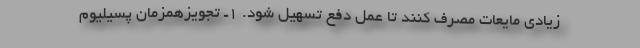
زیادی مایعات مصرف کنند تا عمل دفع تسهیل شود. 1ـ تجویزهمزمان پسيليوم